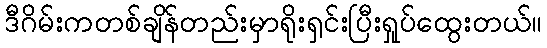
ဒီဂိမ်းကတစ်ချိန်တည်းမှာရိုးရှင်းပြီးရှုပ်ထွေးတယ်။